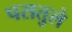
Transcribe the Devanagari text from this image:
पसतुले